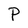
Character: P